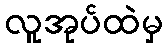
လူအုပ်ထဲမှ